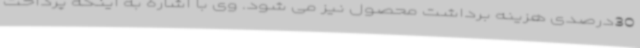
30درصدی هزینه برداشت محصول نیز می شود. وی با اشاره به اینکه پرداخت